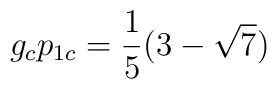
g_c p_{1c}= \frac{1}{5}  ({3 -\sqrt{7}})